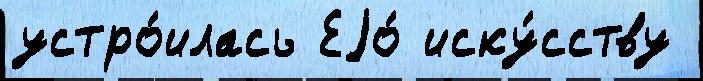
устро́илась Еjо́ иску́сству